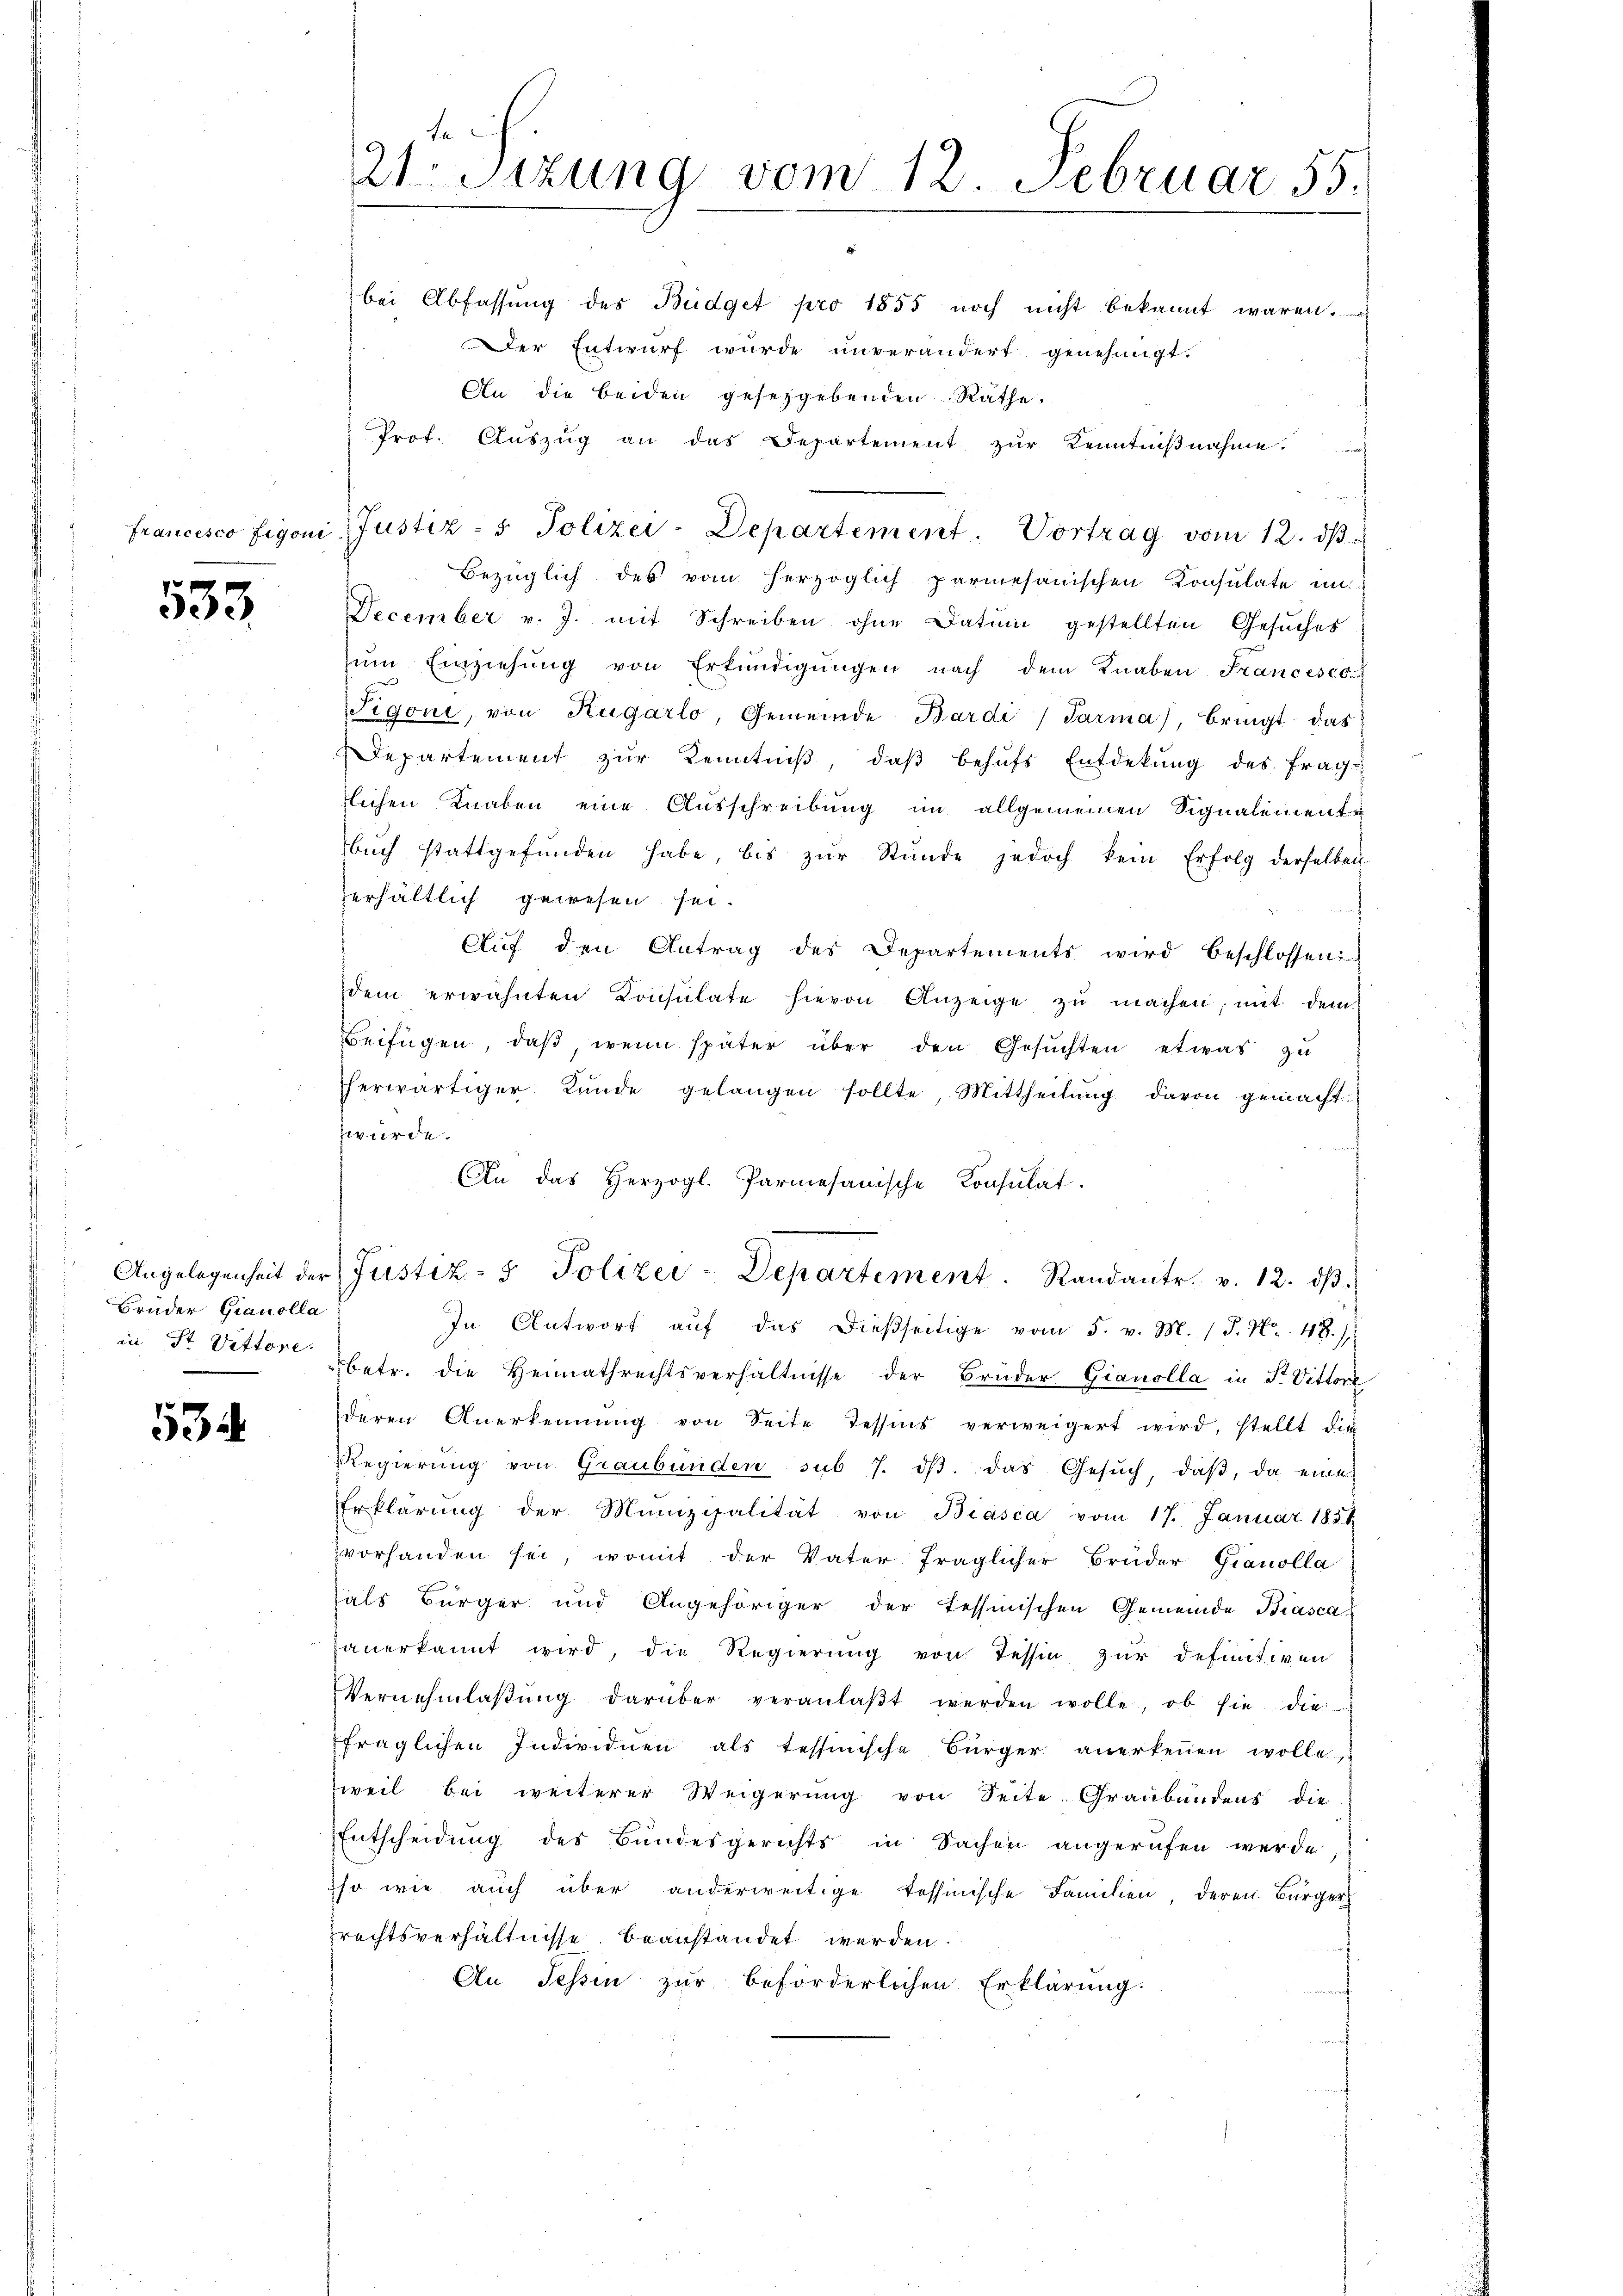
553.

Brüder Gianolla

534

fe
21 Sizung vom 12. Februar 55.

bei Abfassung des Budget pro 1855 noch nicht bekannt waren.
Der Entwurf wurde unverändert genehmigt.
An die beiden gesetzgebenden Räthe:
Prof. Aŭszŭg an das Departement zŭr Kenntniβnahme.
francesco Figoni, Justiz- & Polizei-Departement. Vortrag vom 12. dβ.
Bezüglich des vom herzoglich parmesanischen Konsulate im
December v. J. mit Schreiben ohne Datum gestellten Gesŭches
ŭm Einziehŭng von Erkundigŭngen nach dem Knaben Francesco
Figone, von Hugarlo, Gemeinde Bardi Parma), bringt das
Departement zur Kenntniß, daß behufs Entdekung des frag-
lichen Knaben eine Ausschreibung im allgemeinen Signalement
bŭch stattgefŭnden habe, bis zŭr Stŭnde jedoch kein Erfolg derselben
erhältlich gewesen sei.
Aŭf den Antrag des Departements wird beschlossen
dem erwähnten Konsulate hievon Anzeige zŭ machen, mit dem
Beifügen, daβ wenn später über den Gesŭchten etwas zu
herwärtiger Kunde gelangen sollte, Mittheilŭng davon gemacht
würde.
An das Herzogl. Parmesanische Konsŭlat.
Angelegenheit der Justiz- & Polizei-Departement. Randantr. v. 12. dβ.
In Antwort aŭf das dießseitige vom 5. v. M. / P. Nr. 48.)
in St. Vetter betr. die Heimathrechtsverhältnisse der Brüder Gianolla in P. Vittore
deren Anerkennung von Seite Tessins verweigert wird, stellt die
Regierŭng von Graubünden sub 7. dβ. das Gesŭch, daβ, da eine
Erklärŭng der Munizipalität von Biasca vom 17. Januar 1854
vorhanden sei, womit der Vater fraglicher Brüder Gianolla
als Bürger und Angehöriger der Tessinischen Gemeinde Biasca
haŭerkannt wird, die Regierŭng von Tessin zŭr definitiven
Vernehmlaβŭng darüber veranlaβt werden wolle, ob sie die
fraglichen Individuen als tessinische Bürger anerkennen wolle.
weil bei weiterer Weigerung von Seite Graubündens die
Entscheidung des Bundesgerichts in Sachen angerufen werde,
Iso wie auch über anderweitige Tessinische Familien, deren Bürger
rechtsverhältnisse beanstandet werden.
An Tessin zur beförderlichen Erklärung.